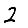
Digit: 2